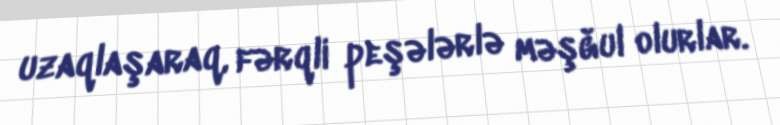
uzaqlaşaraq, fərqli peşələrlə məşğul olurlar.